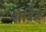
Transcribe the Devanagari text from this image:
शेविल